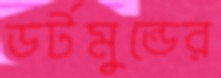
ডর্টমুন্ডের